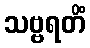
သဗ္ဗရတိံ